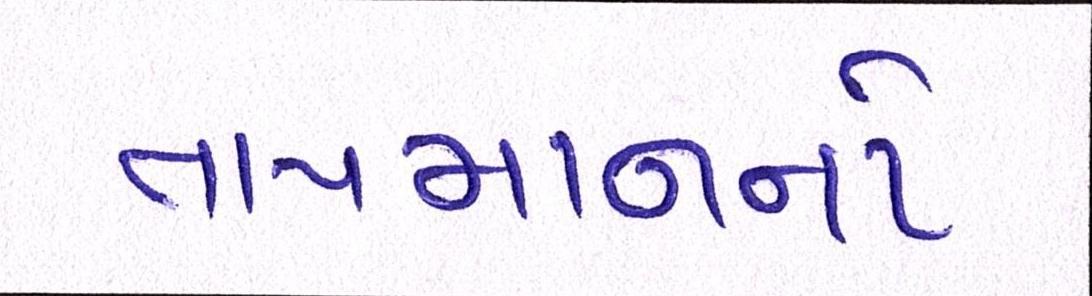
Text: તાપમાનનો